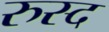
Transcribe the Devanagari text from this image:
रुस्द